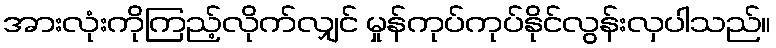
အားလုံးကိုကြည့်လိုက်လျှင် မှုန်ကုပ်ကုပ်နိုင်လွန်းလှပါသည်။